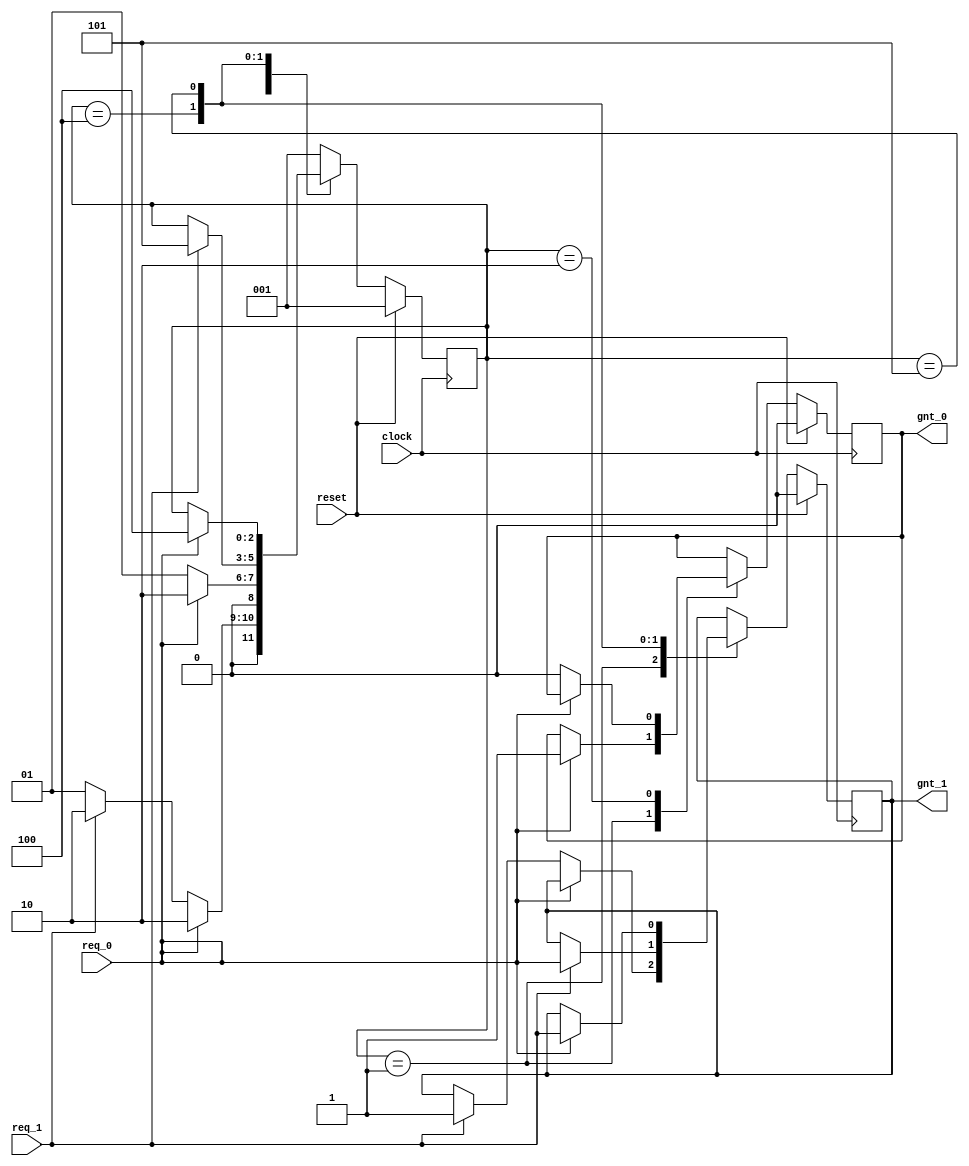
module fsm ( clock, reset, req_0, req_1, gnt_0, gnt_1 );
    input   clock,reset,req_0,req_1;
    output  gnt_0,gnt_1;
    wire    clock,reset,req_0,req_1;
    reg     gnt_0,gnt_1;

    parameter SIZE = 3;
    parameter IDLE = 3'b001;
    parameter GNT0 = 3'b010;
    parameter GNT1 = 3'b100;
    parameter GNT2 = 3'b101;

    reg [SIZE-1:0] state;
    reg [SIZE-1:0] next_state;

    always @ (posedge clock)
        begin : FSM
          if (reset == 1'b1) begin
            state <=  #1  IDLE;
            gnt_0 <= 0;
            gnt_1 <= 0;
          end 
          else
            case(state)
              IDLE :  if (req_0 == 1'b1) begin
                          state <=  #1  GNT0;
                          gnt_0 <= 1;
                      end else if (req_1 == 1'b1) begin
                          gnt_1 <= 1;
                          state <=  #1  GNT0;
                      end else begin
                          state <=  #1  IDLE;
                      end
              GNT0 :  if (req_0 == 1'b1) begin
                          state <=  #1  GNT0;
                      end else begin
                          gnt_0 <= 0;
                          state <=  #1  IDLE;
                      end
              GNT1 :  if (req_1 == 1'b1) begin
                          state <=  #1  GNT2;
                          gnt_1 <= req_0;
                      end
              GNT2 :  if (req_0 == 1'b1) begin
                          state <=  #1  GNT1;
                          gnt_1 <= req_1;
                      end
              default : state <=  #1  IDLE;
            endcase
        end
endmodule